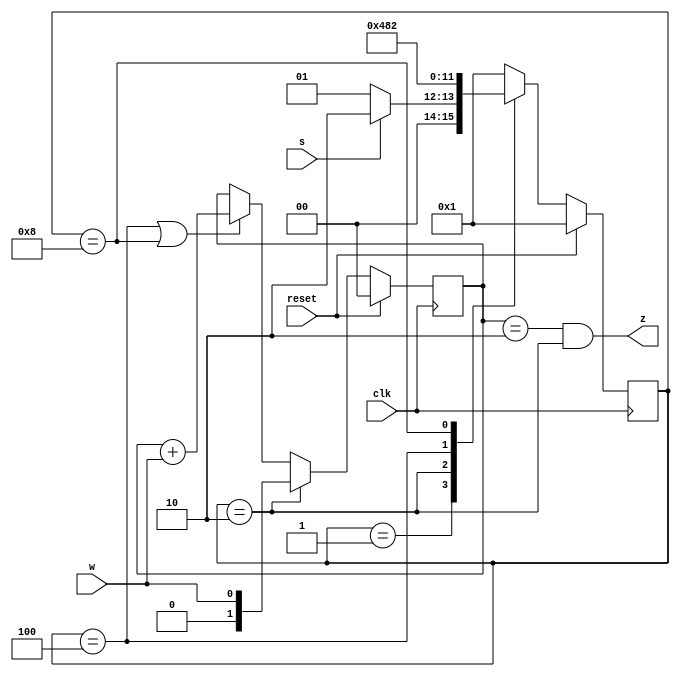
module top_module (
    input clk,
    input reset,   // Synchronous reset
    input s,
    input w,
    output z
);
    parameter a= 4'b0001;
    parameter b1=4'b0010;
    parameter b2=4'b0100;
    parameter b3=4'b1000;
    reg [3:0]state;
    reg [3:0]next;
    always @(posedge clk ) begin
        if (reset) begin
            state<=a;
        end
        else  begin
            state<=next;
        end
    end
    always @(*) begin
        case(state)
        a:next=(s)?b1:a;
        b1:next=b2;
        b2:next=b3;
        b3:next=b1;
        default:next=a;
        endcase
    end
    reg [1:0]count_w;
    always @(posedge clk ) begin//
        if (reset) begin
            count_w<=2'd0;
        end
        else if(state==b1) begin
            count_w<=w;
        end
        else if (state==b2||state==b3) begin
            count_w<=count_w+w;
        end
    end
assign z = (count_w==2'd2&&state==b1);
endmodule